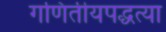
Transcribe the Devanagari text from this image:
गणितीयपद्धत्या